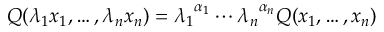
Q ( \lambda _ { 1 } x _ { 1 } , \ldots , \lambda _ { n } x _ { n } ) = { \lambda _ { 1 } } ^ { \alpha _ { 1 } } \cdots { \lambda _ { n } } ^ { \alpha _ { n } } Q ( x _ { 1 } , \ldots , x _ { n } )